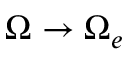
\Omega \rightarrow \Omega _ { e }